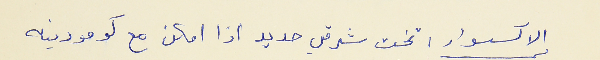
الاكسسوار : تخت شرقي حديد اذا امكن مع كومودينه